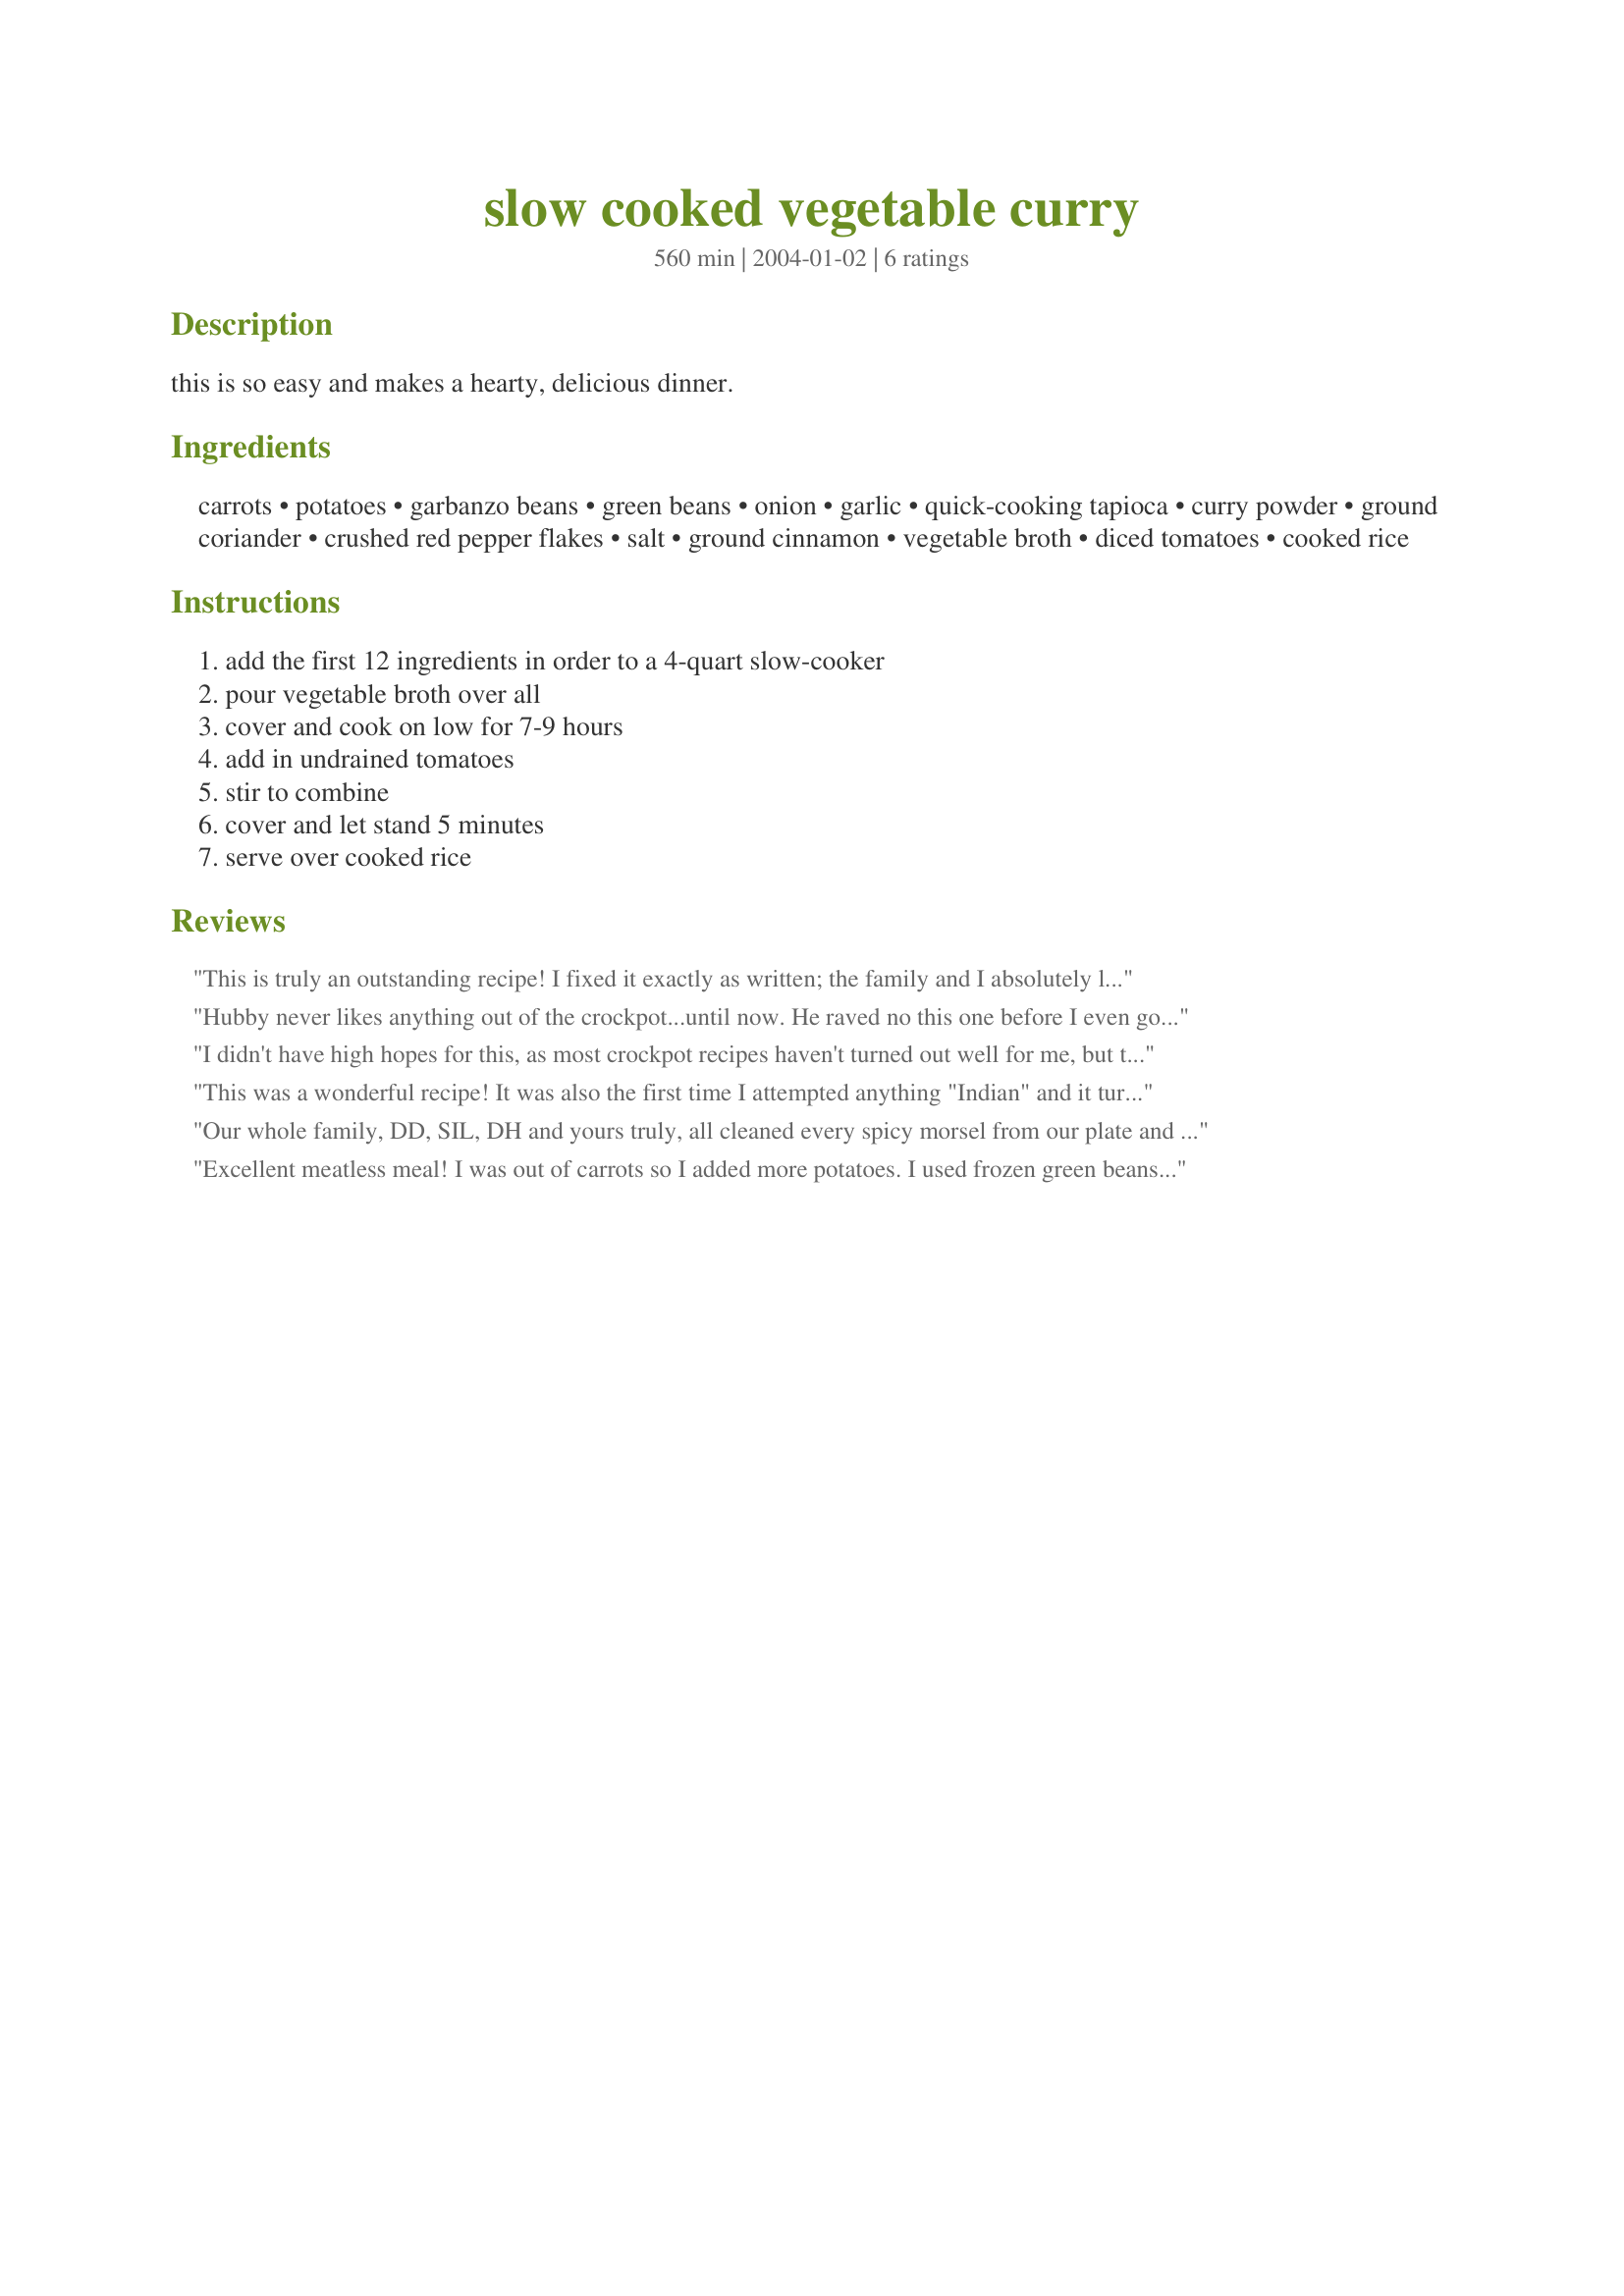
slow cooked vegetable curry
Preparation time: 560 minutes

this is so easy and makes a hearty, delicious dinner.

Ingredients:
carrots, potatoes, garbanzo beans, green beans, onion, garlic, quick-cooking tapioca, curry powder, ground coriander, crushed red pepper flakes, salt, ground cinnamon, vegetable broth, diced tomatoes, cooked rice

Steps:
add the first 12 ingredients in order to a 4-quart slow-cooker, pour vegetable broth over all, cover and cook on low for 7-9 hours, add in undrained tomatoes, stir to combine, cover and let stand 5 minutes, serve over cooked rice

Reviews:
This is truly an outstanding recipe! I fixed it exactly as written; the family and I absolutely loved it! This might sound sacrilegious to some, but the next time I made it I used frozen green beans, frozen sliced carrots, and frozen chopped onions (no thawing). I also used canned diced potatoes (drained), and jarred minced garlic. It was the weekday and I saved some precious time in the morning before getting ready for work. :) The family thought it was just as delicious! Thank you, NurseDi!!
Hubby never likes anything out of the crockpot...until now. He raved no this one before I even got done! No tomatoes or tapioca got added, but he already had it served up as a soup...along with homemade hashbrowns. It was DELICIOUS. Definitely will be added to the list of crockpot faves.
I didn't have high hopes for this, as most crockpot recipes haven't turned out well for me, but this was a lot better than I expected. I followed the recipe except for using frozen green beans. I ended up adding about a half cup of smooth peanut butter, and that worked well. I served it over brown rice. Very good, thanks.
This was a wonderful recipe! It was also the first time I attempted anything "Indian" and it turned out perfect. I followed the recipe exactly, except that I put roasted cashew halves on for a garnish along with some strips of crystallized ginger. It has a nice warm spice that heats you up as you eat it. Just perfect for cold weather and it was easy to make. Simply scruptious! I'll be making this many times over!
Our whole family, DD, SIL, DH and yours truly, all cleaned every spicy morsel from our plate and DH went back for seconds to polish it all off. This will be a staple in our house when we are wanting a delicious dinner without any effort. I substituted a can of Rotelle tomatoes for the red peppers and the diced tomatoes, and it worked out great. The tapioca didn't seem to thicken up the juice very much and it might have been because I added some mushrooms to the mix and extra onion. I highly recommend this nutritious curry, served over wholesome brown rice, and sprinkled with finely chopped crystalized ginger and sliced almonds. I'm looking forward the making it again soon, Di...thanks so much!
Excellent meatless meal! I was out of carrots so I added more potatoes. I used frozen green beans and chicken broth. I accidentally poured the canned tomatoes over everything in the beginning but it didn't seem to hurt anything. My curry powder is kind of weak so next time I'll double up on that. I thought I disliked garbanzo beans but this changed my mind.
